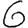
Digit: 6